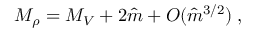
M _ { \rho } = M _ { V } + 2 \hat { m } + O ( \hat { m } ^ { 3 / 2 } ) \; ,